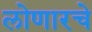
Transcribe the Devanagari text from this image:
लोणारचे